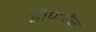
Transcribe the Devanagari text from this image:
डीफरैंस